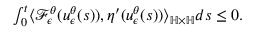
\begin{array} { r } { \int _ { 0 } ^ { t } \langle \mathcal { F } _ { \epsilon } ^ { \theta } ( u _ { \epsilon } ^ { \theta } ( s ) ) , \eta ^ { \prime } ( u _ { \epsilon } ^ { \theta } ( s ) ) \rangle _ { \mathbb { H } \times \mathbb { H } } d s \leq 0 . } \end{array}